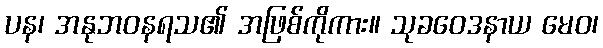
ပန၊ အနုဘဝနရသ၏ အဖြစ်ကိုကား။ သုခဝေဒနာယ မေဝ၊